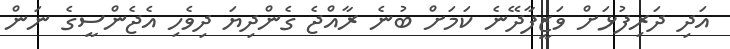
އަދި ދަރިފުޅަށް ވަޒީފާދޭނެ ކަމަށް ބުނެ ރާއްޖެ ގެންދިޔަ ދިވެހި އެޖެންސީގެ ނަން